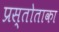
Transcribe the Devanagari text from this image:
प्रस्तोताका